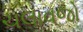
ચલાવજો